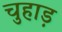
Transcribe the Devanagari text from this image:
चुहाड़